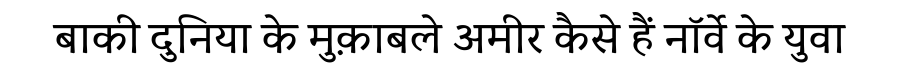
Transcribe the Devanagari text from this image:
बाकी दुनिया के मुक़ाबले अमीर कैसे हैं नॉर्वे के युवा